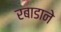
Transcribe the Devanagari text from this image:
रबाडाने